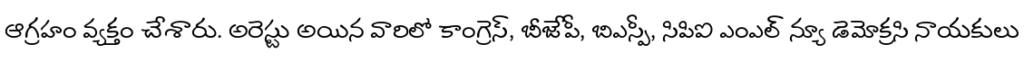
ఆగ్రహం వ్యక్తం చేశారు. అరెస్టు అయిన వారిలో కాంగ్రెస్, బీజేపీ, బిఎస్పీ, సిపిఐ ఎంఎల్ న్యూ డెమోక్రసి నాయకులు